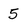
Character: 5